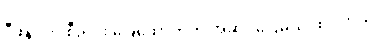
ဒီဖိနပ်ကို စီးရင်း ခြေထောက်က အဆင်ပြေမယ် ထင်တယ်။